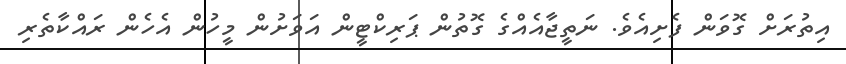
އިތުރަށް ގޮވަން ފެށިއެވެ. ނަތީޖާއެއްގެ ގޮތުން ޕަރިކްޓީން އަވަށުން މީހުން އެހެން ރައްކާތެރި